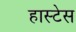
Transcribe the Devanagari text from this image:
हास्टेस